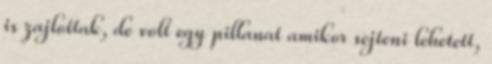
is zajlottak, de volt egy pillanat amikor sejteni lehetett,